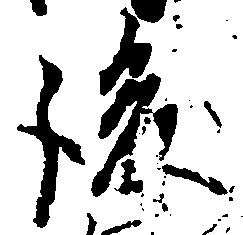
後